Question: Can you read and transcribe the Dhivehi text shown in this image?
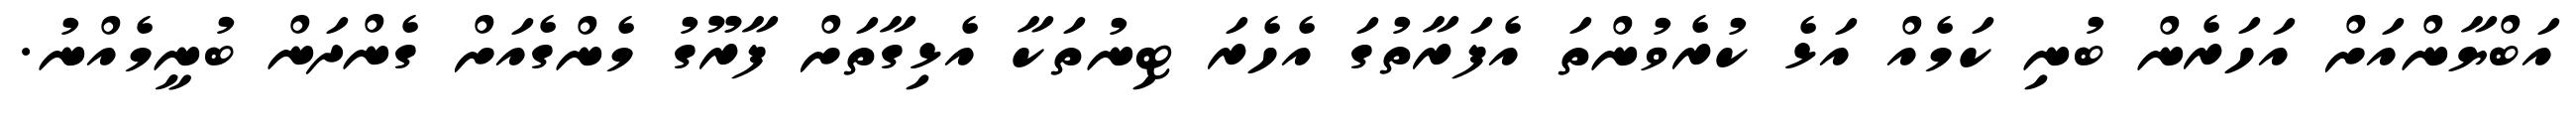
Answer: އަބްޔާންއަށް އަހަރެން ބުނި ކަމެއް އަޅެ ކުރެވުންތަ އެފަރާތުގަ އެހެރަ ޓިނުތަކާ އެޅިގާތަށް ފާރޫގު މެންގެއަށް ގެންދަން ބުނީމެއްނު.